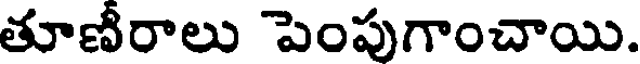
తూణీరాలు పెంపుగాంచాయి.